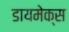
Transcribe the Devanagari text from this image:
डायमेक्स